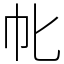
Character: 㠲